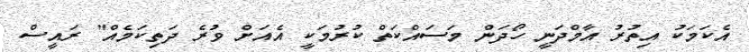
އެކަމަކު އިތުރު އާމްދަނީ ހޯދަން މަސައްކަތް ކުރުމަކީ އެއަށް ވުރެ ދަތިކަމެއް" ރައީސް